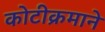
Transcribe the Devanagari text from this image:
कोटीक्रमाने